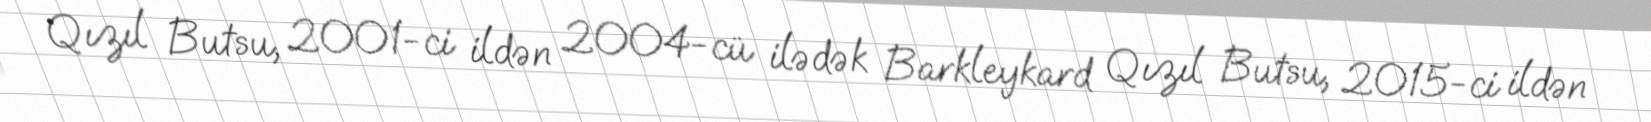
Qızıl Butsu, 2001-ci ildən 2004-cü ilədək Barkleykard Qızıl Butsu, 2015-ci ildən